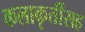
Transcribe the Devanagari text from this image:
कलाकृतींसह